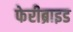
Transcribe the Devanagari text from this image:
फेरीब्राइड